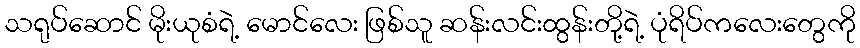
သရုပ်ဆောင် မိုးယုစံရဲ့ မောင်လေး ဖြစ်သူ ဆန်းလင်းထွန်းတို့ရဲ့ ပုံရိပ်ကလေးတွေကို